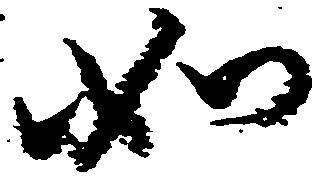
如